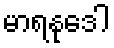
မာရနုဒေါ